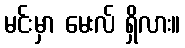
မင်းမှာ မေးလ် ရှိလား။